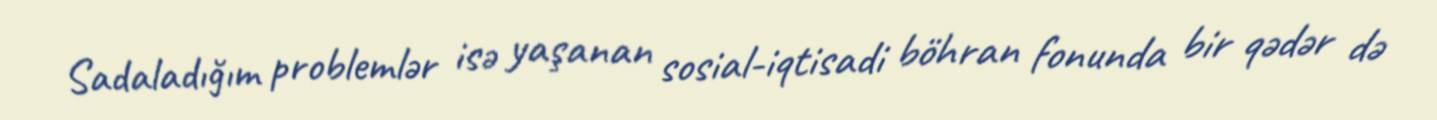
Sadaladığım problemlər isə yaşanan sosial-iqtisadi böhran fonunda bir qədər də